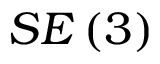
S E \left( 3 \right)